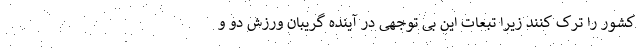
کشور را ترک کنند زیرا تبعات این بی توجهی در آینده گریبان ورزش دو و